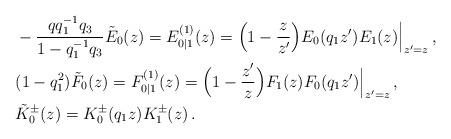
LaTeX: \begin{align*}&-\frac{qq_1^{-1}q_3}{1-q_1^{-1}q_3}\tilde{E}_0(z)=E^{(1)}_{0|1}(z)=\Bigl(1-\frac{z}{z'}\Bigr)E_{0}(q_1z')E_1(z)\Bigl|_{z'=z}\,,\\&(1-q_1^2)\tilde{F}_0(z)=F^{(1)}_{0|1}(z)=\Bigl(1-\frac{z'}{z}\Bigr)F_1(z)F_{0}(q_1z')\Bigl|_{z'=z}\,,\\&\tilde K^\pm_0(z)=K^\pm_0(q_1z)K_1^\pm(z)\,.\end{align*}